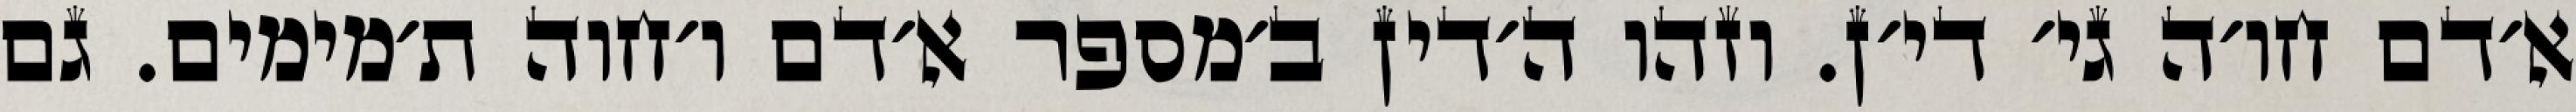
א׳דם חו׳ה גי׳ די׳ן. וזהו ה׳דין ב׳מספר א׳דם ו׳חוה ת׳מימים. גם